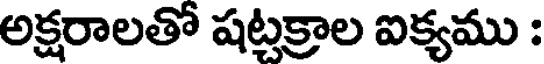
అక్షరాలతో షట్టక్రాల ఐక్యము :